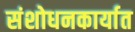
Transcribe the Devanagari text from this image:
संशोधनकार्यात